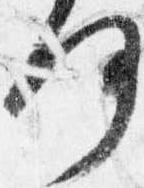
何